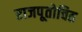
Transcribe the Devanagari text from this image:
राजपूतोचित